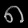
Digit: ၈